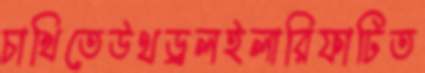
চাখিতেউথড্রলইলারিফাটিত